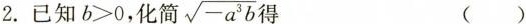
2.已知b>0,化简 $$\sqrt{-a^{3}b}$$ 得（）